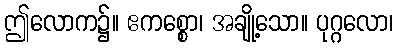
ဤလောက၌။ ဧကစ္စော၊ အချို့သော။ ပုဂ္ဂလော၊